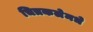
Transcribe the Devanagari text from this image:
चित्रकलेमधे